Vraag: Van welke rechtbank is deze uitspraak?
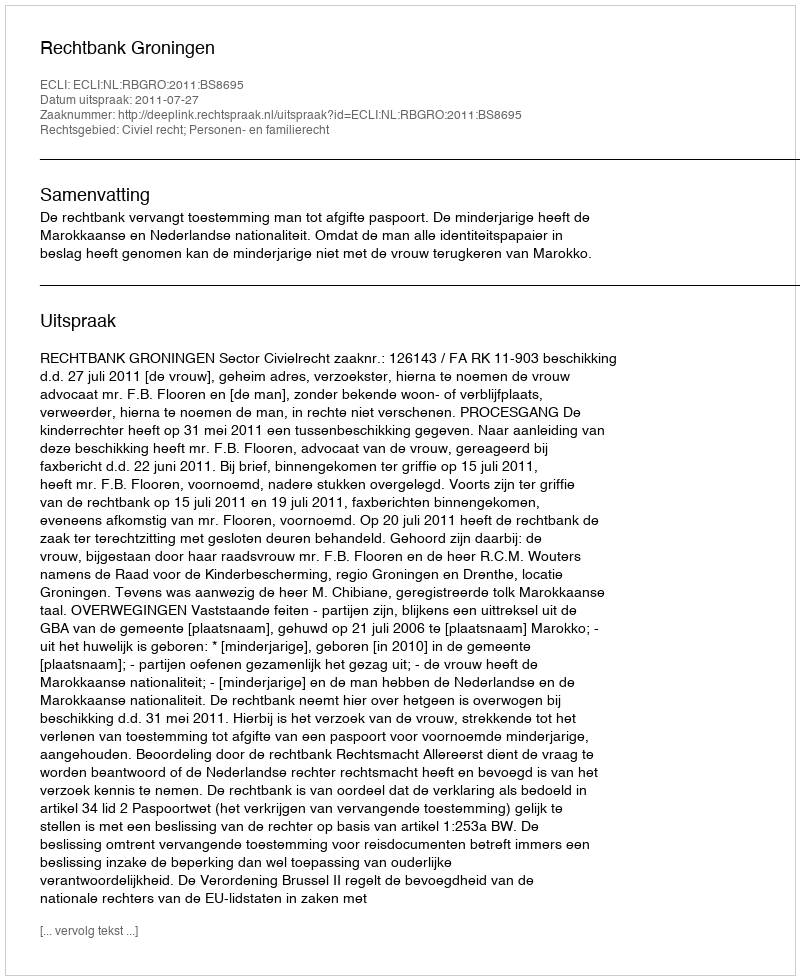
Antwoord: Rechtbank Groningen